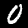
Label: 0